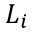
L _ { i }